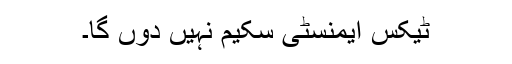
ٹیکس ایمنسٹی سکیم نہیں دوں گا۔